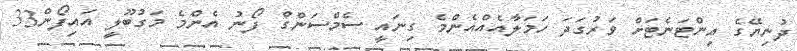
ދުނިޔޭގެ އިންޓަނެޓަށް ވަރުގަދަ ހަމަލާއެއްއެންމެ ގިނައީ ސެމްސަންގް ފޯނު އެންމެ މަގުބޫލީ އައިފޯން33